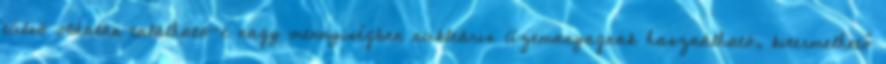
túlsó oldalán található-e nagy mennyiségben nukleáris üzemanyagnak használható, kitermelhető